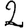
Digit: 2